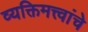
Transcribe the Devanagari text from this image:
व्यक्तिमत्त्वांचे